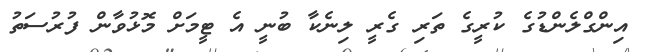
އިންގްލެންޑުގެ ކުރީގެ ތަރި ގެރީ ލިނެކާ ބުނީ އެ ޓީމަށް މޮޅުވާން ފުރުސަތު